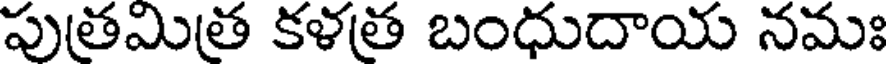
పుతమిత కళత బంధుదాయ నమః